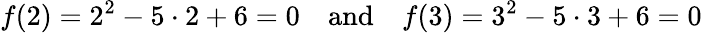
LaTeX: f(2)=2^{2}-5\cdot 2+6=0\quad{\textrm{and}}\quad f(3)=3^{2}-5\cdot 3+6=0